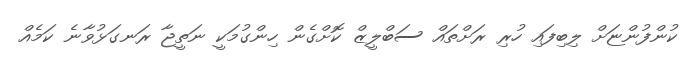
ކުންފުންޏަށް ލިބިފައި ހުރި ރަށްތައް ސަބްލީޒް ކޮށްގެން ހިންގުމަކީ ނަތީޖާ ރަނގަޅުވާނެ ކަމެއް